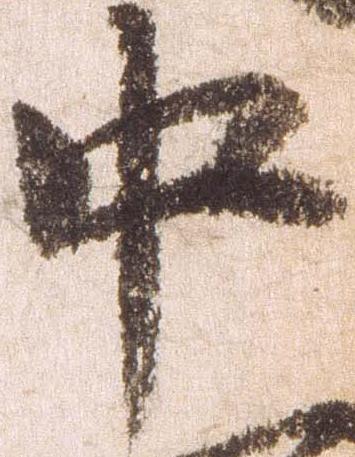
中